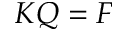
K Q = F